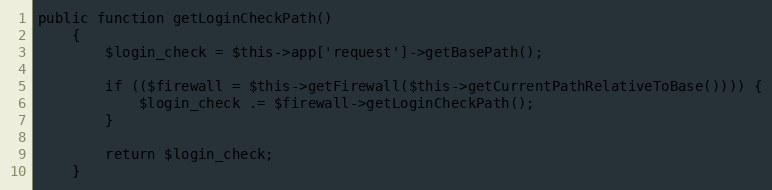
Language: PHP
public function getLoginCheckPath()
    {
        $login_check = $this->app['request']->getBasePath();

        if (($firewall = $this->getFirewall($this->getCurrentPathRelativeToBase()))) {
            $login_check .= $firewall->getLoginCheckPath();
        }

        return $login_check;
    }